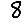
Digit: 8